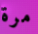
مرة